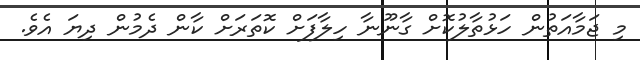
މި ޖަމާއަތުން ހަޅުތާލުކޮށް ގާނޫނާ ހިލާފަށް ކޮތަރަށް ކާން ދެމުން ދިޔަ އެވެ.